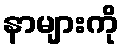
နာများကို